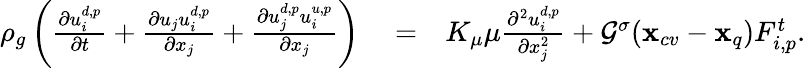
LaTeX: \begin{array}{rlr}{\rho_{g}\left(\frac{\partial u_{i}^{d,p}}{\partial t}+\frac{\partial u_{j}u_{i}^{d,p}}{\partial x_{j}}+\frac{\partial u_{j}^{d,p}u_{i}^{u,p}}{\partial x_{j}}\right)}&{{}=}&{{K_{\mu}\mu}\frac{\partial^{2}{u_{i}^{d,p}}}{\partial x_{j}^{2}}+{\mathcal G}^{\sigma}(\mathbf{x}_{cv}-\mathbf{x}_{q})F_{i,p}^{t}.}\end{array}